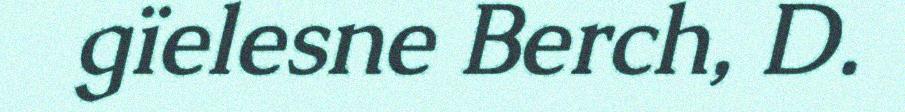
gïelesne Berch, D.